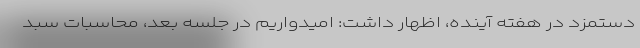
دستمزد در هفته آینده، اظهار داشت: امیدواریم در جلسه بعد، محاسبات سبد